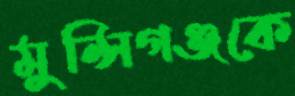
মুন্সিগঞ্জকে